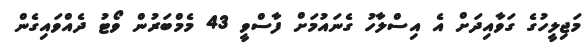
މަޖިލީހުގެ ގަވާއިދަށް އެ އިސްލާހު ގެނައުމަށް ފާސްވީ 43 މެމްބަރުން ވޯޓު ދެއްވައިގެން